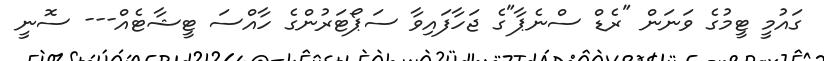
ގައުމީ ޓީމުގެ ވަނަން "ރެޑް ސްނެޕާ"ގެ ޖަހާފައިވާ ސަޕޯޓަރުންގެ ހާއްސަ ޓީޝާޓެއް--- ސޮނީ